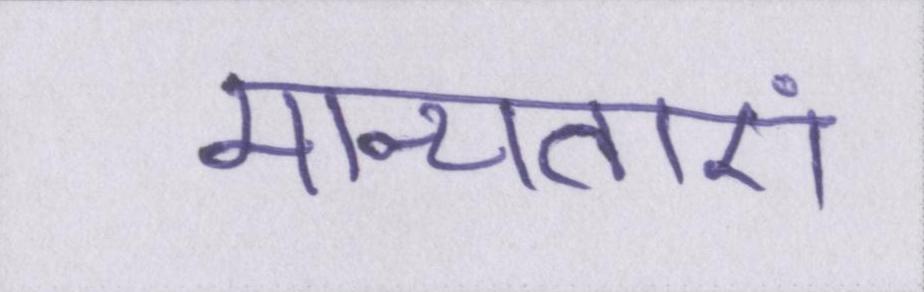
मान्यताएं